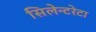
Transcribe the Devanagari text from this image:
सिलेन्टरेटा